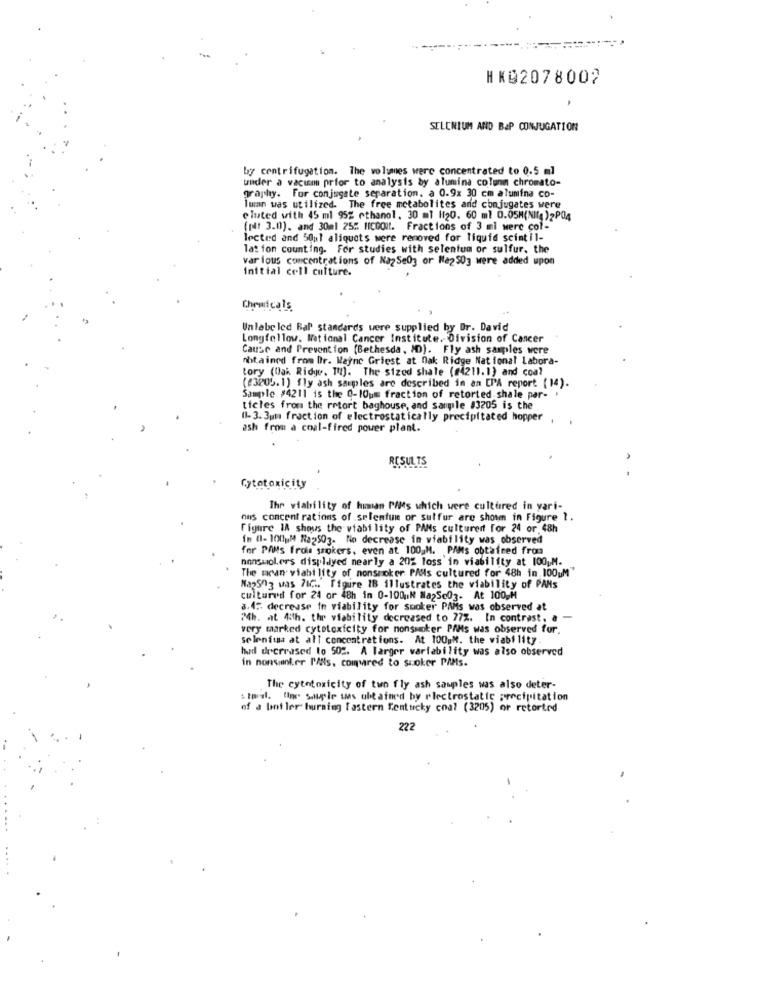
HK92078002
SELENIUM AND BAP CONJUGATION
by centrifugation. The volumes were concentrated to 0.5 ml
under a vacumm prior to analysis by alumina colunm chromato-
graphy. For conjugate separation. a 0.9x 30 cm alumina co-
luan was utilized. The free metabolites and conjugates were
eluted with 45 ml 95% ethanol. 30 ml 1120. 60 ml 0.05M(Nifg)2PO4
( N1 3.00). and 30ml 25% ||COOIt. Fractions of 3 ml were col-
lected and 50ml aliquots were removed for liquid scintil-
lat fon counting. For studies with selenium or sulfur. the
var lous concentrations of NazSe03 or Na2503 were added upon
Initial cell culture.
Chemicals
Unlabeled Bal standards were supplied by Dr. David
Longfellow. National Cancer Institute. Division of Cancer
Cause and Prevention (Bethesda, ID). Fly ash samples were
obtained from Dr. Wayne Griest at Oak Ridge National Labora-
tory (Oak Ridge. Tu). The sized shale (#4211. 1) and coal
(23205.1) fly ash samples are described in an EPA report (14).
Sample #4211 is the 0-10um fraction of retorted shale par- i
ticles from the retort baghouse, and sample #3205 is the
(1-3. 3um fraction of electrostatically precipitated hopper ,
ash from a coal-fired power plant.
RESULTS
Cytotoxicity
The viability of human PM's which were cultured in vari-
nus concent rations of selenfum or sulfur are shown in Figure 1.
Figure 1A shows the viability of PANs cultured for 24 or 48h
in 0- 100 M Na2503. No decrease in viability was observed
for PAMs frois smokers, even at 100,M. PAMs obtained from
nonsmokers displayed nearly a 202 loss in viability at 100gM.
The mean viability of nonsmoker PAlls cultured for 48h in 100uM
Na25Og was 71Cm. figure 18 illustrates the viability of PAMs
cultured for 24 or 48h in 0-100 ıN Na25c03- At 100,M
a.4: decrease in viability for socker PAMs was observed at
24h. at 4:th. the viability decreased to 77%. In contrast. a
very marked cytotoxicity for nonsmoker PAMs was observed for.
selenfta at all concentrations. At 100gM. the viability.
had decreased to 502. A larger variability was also observed
in nonsianker P'Als. comvred to suoker PAMs.
The cytotoxicity of two fly ash samples was also deter-
: tosl. fine Souple was obtained by electrostatic precipitation
of a bot ler burning fastern Kentucky coal (3205) or retorted
222